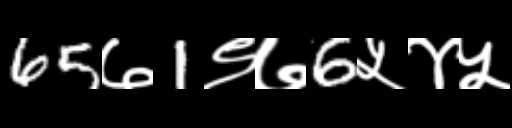
Text: 65७1९७6५४५